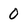
Character: 0